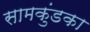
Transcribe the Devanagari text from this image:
सामकुंडका